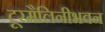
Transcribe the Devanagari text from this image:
टूरमैलिनीभवन